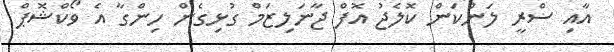
އާއި ސްރީ ލަންކަން ކޮލެޖު އޮފް ޖާނަލިޒަމް ގުޅިގެން ހިންގާ އެ ވޯކްޝޮޕް